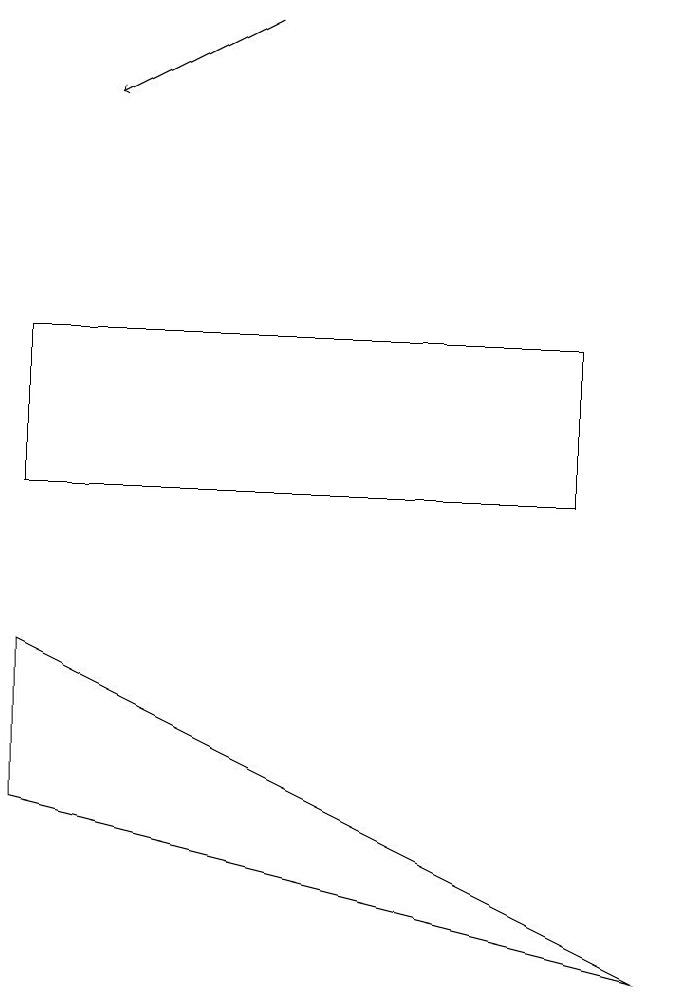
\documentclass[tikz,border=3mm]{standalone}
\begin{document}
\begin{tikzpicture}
\draw (7,13) rectangle (0,11);
\draw (0,9) -- (8,5) -- (0,7) -- cycle;
\draw[->] (3,17) -- (1,16);
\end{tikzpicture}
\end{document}